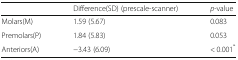
<table><thead><tr><td></td><td><b>Difference(SD) (prescale-scanner)</b></td><td><b><i>p</i>-value</b></td></tr></thead><tbody><tr><td>Molars(M)</td><td>1.59 (5.67)</td><td>0.083</td></tr><tr><td>Premolars(P)</td><td>1.84 (5.83)</td><td>0.053</td></tr><tr><td>Anteriors(A)</td><td>−3.43 (6.09)</td><td>&lt; 0.001<sup>*</sup></td></tr></tbody></table>